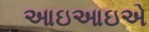
આઇઆઇએ